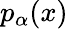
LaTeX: p_{\alpha}(x)